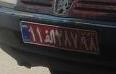
۱۱ا۲۸۷۹۸